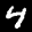
Label: 4